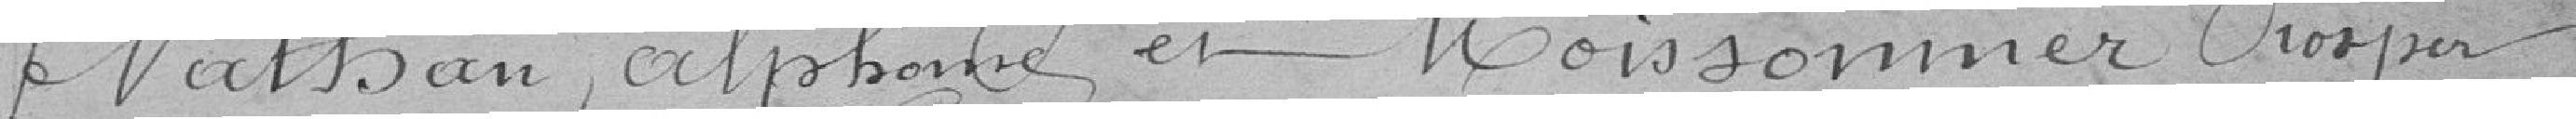
Nathan, alphone et Poissonnier Chorper